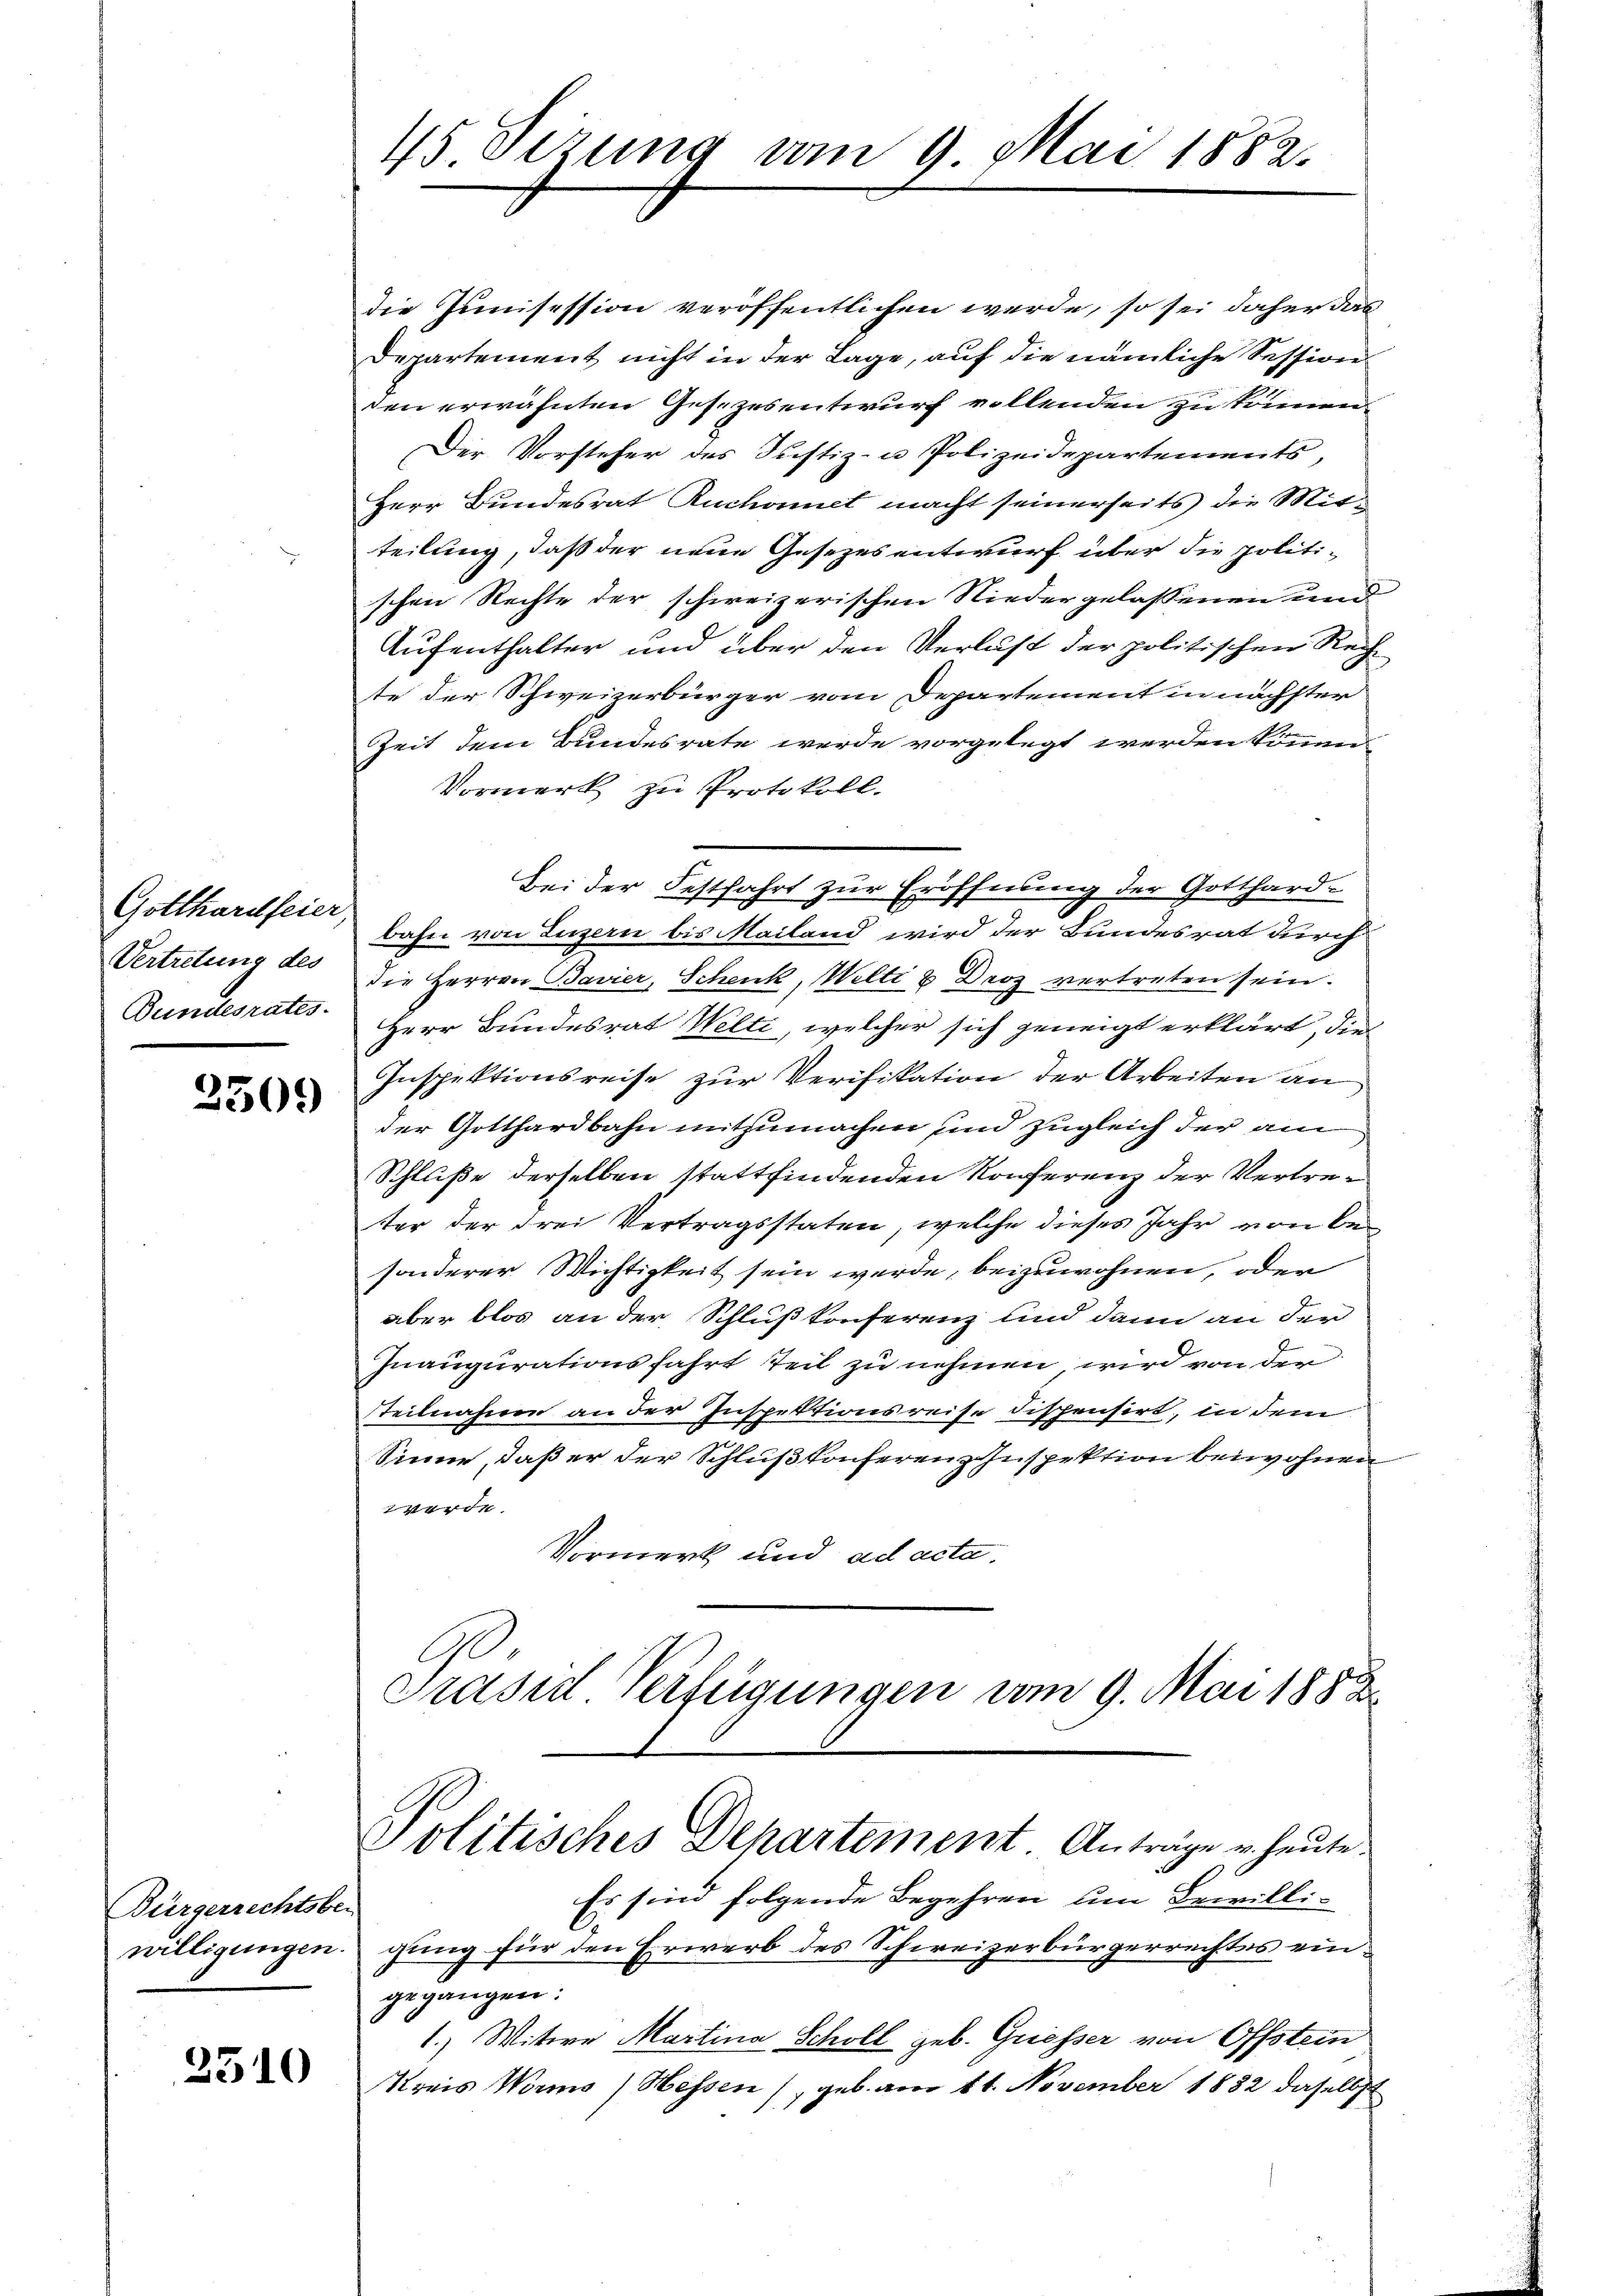
Gotthardfeier,
Vertretung des
Bundesrates.

2509

Bürgerrechtsber
willigungen.

2310

45. Sizung vom 9. Mai 1882.

die Junisession veröffentlichen werde, so sei daher das
Departement nicht in der Lage, auf die nämliche Session
den erwähnten Gesezesentwurf vollenden zu können.
Der Vorsteher des Justiz- u Polizeidepartements,
Herr Bundesrat Ruchonet macht seinerseits die Mitteilung, daß der neue Gesezesentwurf über die politi-
schen Rechte der schweizerischen Niedergelassenen und
Aufenthalter und über den Verlust der politischen Rechte der Schweizerbürger vom Departement in nächster
Zeit dem Bundesrate werde vorgelegt werden können.
Vormerk zu Protokoll.
bahn von Luzern bis Mailand wird der Bundesrat durch
die Herren Bavier, Schenk, Welti & Droz vertreten sein.
Herr Bundesrat Welti, welcher sich geneigt erklärt, die
Inspektionsreise zur Verifikation der Arbeiten an
der Gotthardbahn mitzumachen und zugleich der am
Schluße derselben stattfindenden Konferenz der Vertreter der drei Vertragsstaten, welche dieses Jahr von besonderer Wichtigkeit sein werde, beizuwohnen, oder
aber blos an der Schluß konferenz und dann an der
Inaugurationsfahrt teil zu nehmen wird von der
steilnahme an der Inspektionsreise dispensirt, in dem
Sinne, daß er der Schluß konferen Inspektion beiwohnen
d
Vormerk und ad acta.
C
Prasirt Verfügungen vom 9. Mai 1888

Bei der Festfahrt zur Eröffnung der Gotthard-
e

Politisches Departement. Anträge u. heute.

Es sind folgende Begehren um Bewilli-
gung für den Erwerb des Schweizerbürgerrechtes eingegangen:
1.) Witwe Martina Scholl geb. Griesser von Offstein
Kreis Worms / Hessen (geb. am 11. November 1882 daselbst